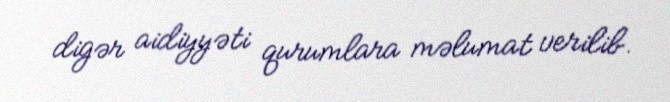
digər aidiyyəti qurumlara məlumat verilib.